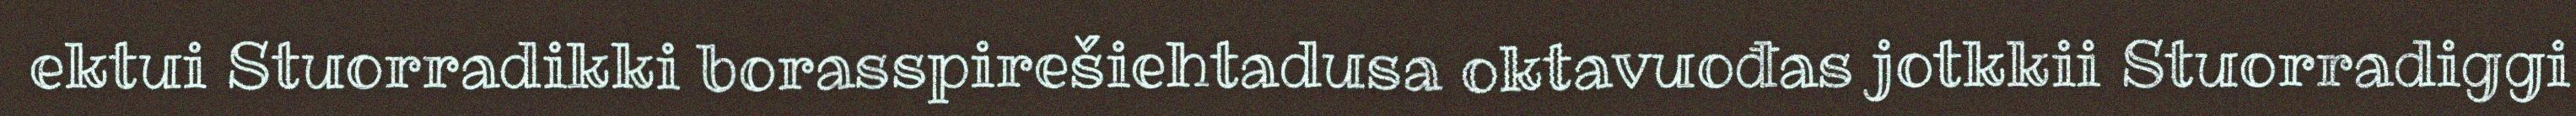
ektui Stuorradikki borasspirešiehtadusa oktavuođas jotkkii Stuorradiggi